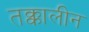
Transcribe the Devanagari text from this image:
तक्कालीन